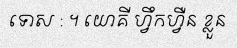
ទោស : ។ យោគី ហ្វឹកហ្វឺន ខ្លួន